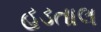
હડતાલ